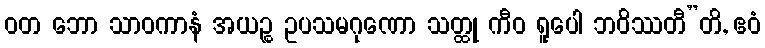
ဝတ ဘော သာဝကာနံ အယဉ္စ ဥပသမဂုဏော သတ္ထု ကီဝ ရူပေါ ဘဝိဿတီ”တိ, ဧဝံ